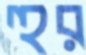
হুর